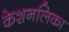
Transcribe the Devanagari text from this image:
केशनलिका